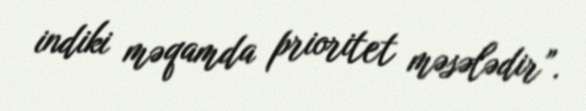
indiki məqamda prioritet məsələdir”.